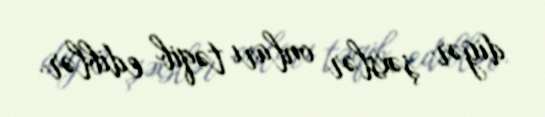
digər şəxslər onları təqib ediblər.